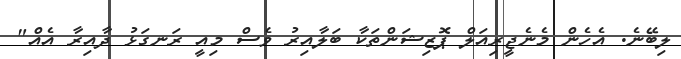
ލިބޭނެ. އެހެން މެނެޖީރިއަލް ޕޮޒިޝަންތަކާ ބަލާއިރު ވެސް މިއީ ރަނގަޅު ދާއިރާ އެއް"